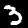
Digit: 3